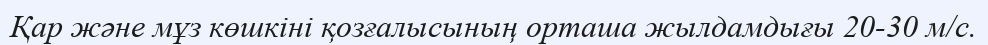
Қар және мұз көшкіні қозғалысының орташа жылдамдығы 20-30 м/с.